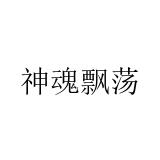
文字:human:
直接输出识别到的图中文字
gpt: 神魂飘荡